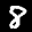
Label: 8